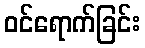
ဝင်ရောက်ခြင်း